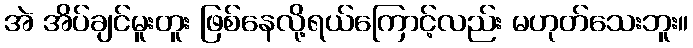
အဲ အိပ်ချင်မူးတူး ဖြစ်နေလို့ရယ်ကြောင့်လည်း မဟုတ်သေးဘူး။